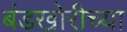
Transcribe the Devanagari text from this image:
बंडखोरीच्या